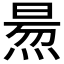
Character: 𤋁